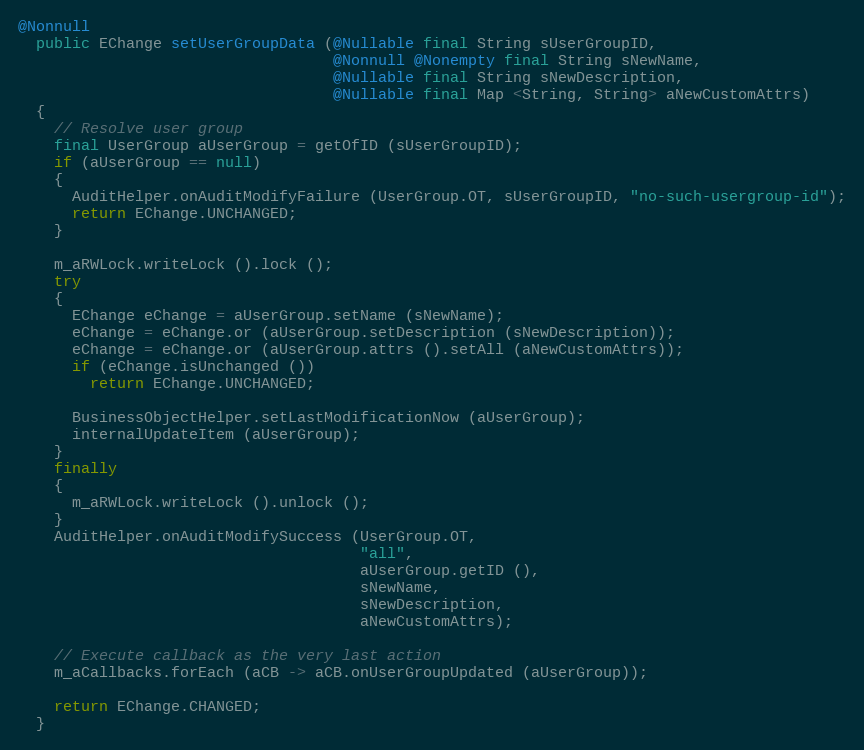
Language: Java
@Nonnull
  public EChange setUserGroupData (@Nullable final String sUserGroupID,
                                   @Nonnull @Nonempty final String sNewName,
                                   @Nullable final String sNewDescription,
                                   @Nullable final Map <String, String> aNewCustomAttrs)
  {
    // Resolve user group
    final UserGroup aUserGroup = getOfID (sUserGroupID);
    if (aUserGroup == null)
    {
      AuditHelper.onAuditModifyFailure (UserGroup.OT, sUserGroupID, "no-such-usergroup-id");
      return EChange.UNCHANGED;
    }

    m_aRWLock.writeLock ().lock ();
    try
    {
      EChange eChange = aUserGroup.setName (sNewName);
      eChange = eChange.or (aUserGroup.setDescription (sNewDescription));
      eChange = eChange.or (aUserGroup.attrs ().setAll (aNewCustomAttrs));
      if (eChange.isUnchanged ())
        return EChange.UNCHANGED;

      BusinessObjectHelper.setLastModificationNow (aUserGroup);
      internalUpdateItem (aUserGroup);
    }
    finally
    {
      m_aRWLock.writeLock ().unlock ();
    }
    AuditHelper.onAuditModifySuccess (UserGroup.OT,
                                      "all",
                                      aUserGroup.getID (),
                                      sNewName,
                                      sNewDescription,
                                      aNewCustomAttrs);

    // Execute callback as the very last action
    m_aCallbacks.forEach (aCB -> aCB.onUserGroupUpdated (aUserGroup));

    return EChange.CHANGED;
  }